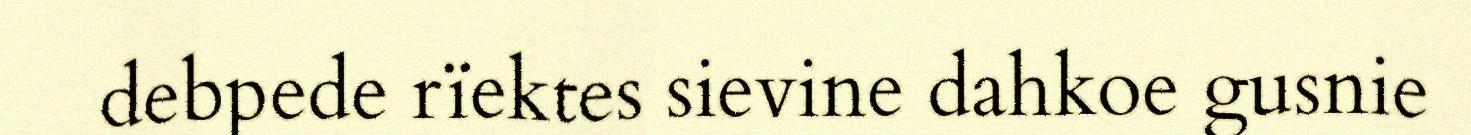
debpede rïektes sievine dahkoe gusnie